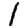
Digit: 1